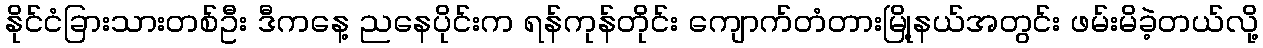
နိုင်ငံခြားသားတစ်ဦး ဒီကနေ့ ညနေပိုင်းက ရန်ကုန်တိုင်း ကျောက်တံတားမြို့နယ်အတွင်း ဖမ်းမိခဲ့တယ်လို့